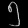
Digit: ၅